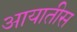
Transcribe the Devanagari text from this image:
आयातीस